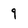
Character: 9